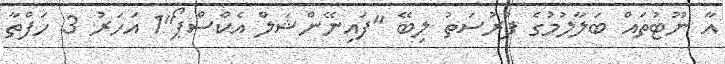
އާ ނޫޓުތައް ބަލާލުމުގެ ފުރުސަތު ލިބޭ "ފައިނޭންޝަލް އެކްސްޕޯ"1 އަހަރު 3 ހަފްތާ